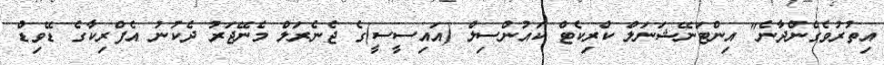
އިތުރުވެގެންދާނެ" އިންޓަނޭޝަނަލް ކްރިކެޓް ކައުންސިލް (އައިސީސީ)ގެ ޖެނެރަލް މެނޭޖަރު ދެކުނު އެފްރިކާގެ ޑޭވިޑް